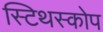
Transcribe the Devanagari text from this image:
स्टिथस्कोप